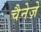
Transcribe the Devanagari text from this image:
चैनेज़े